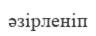
әзірленіп